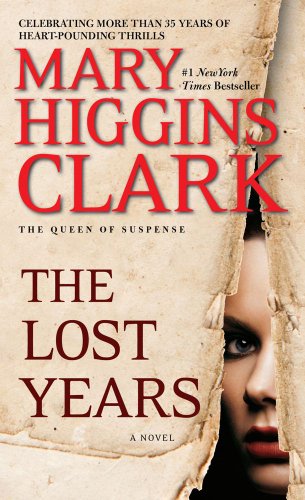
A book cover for The Lost Years; Mary Higgins Clark; Christian Books & Bibles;